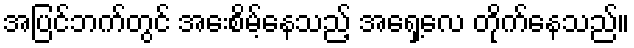
အပြင်ဘက်တွင် အေးစိမ့်နေသည့် အရှေ့လေ တိုက်နေသည်။